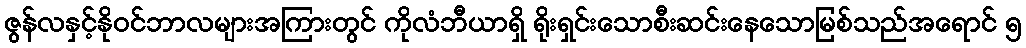
ဇွန်လနှင့်နိုဝင်ဘာလများအကြားတွင် ကိုလံဘီယာရှိ ရိုးရှင်းသောစီးဆင်းနေသောမြစ်သည်အရောင် ၅